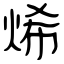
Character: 烯